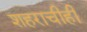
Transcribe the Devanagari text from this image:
शहराचीही